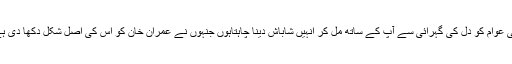
انہوں نے کہا کہ میں لاہور کی عوام کو دل کی گہرائی سے آپ کے ساتھ مل کر انہیں شاباش دینا چاہتاہوں جنہوں نے عمران خان کو اس کی اصل شکل دکھا دی ہے ،اس کی اوقات بتا دی ہے ۔